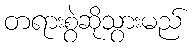
တရားစွဲဆိုသွားမည်